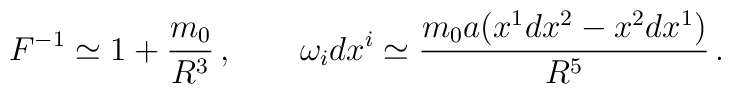
F^{-1}\simeq 1 +{m_0\over R^{3}}\, ,\qquad\omega_i dx^i \simeq {m_0 a (x^1 dx^2-x^2 dx^1) \over R^{5}}\, .